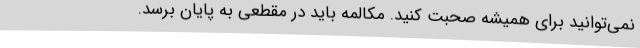
نمی‌توانید برای همیشه صحبت کنید. مکالمه باید در مقطعی به پایان برسد.